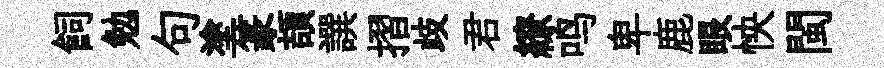
飼勉句塗篆頡譔摺歧君繚鸣卑鹿眼怏閩